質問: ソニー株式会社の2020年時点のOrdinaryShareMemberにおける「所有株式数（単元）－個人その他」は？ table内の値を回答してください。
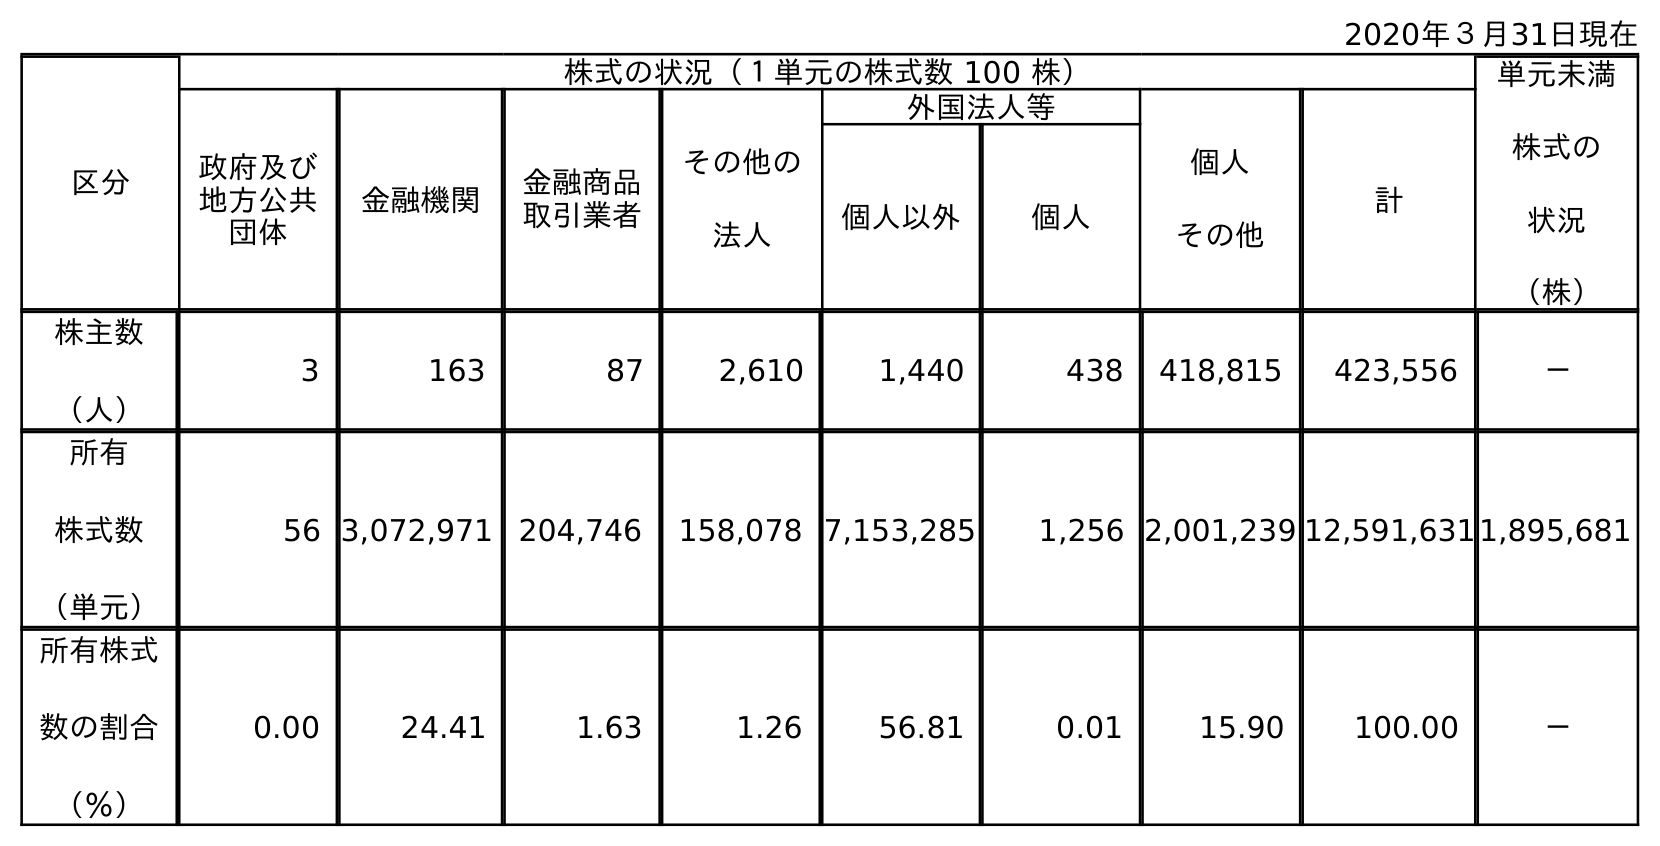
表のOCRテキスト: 2020年３月31日現在 区分 株式の状況（１単元の株式数 100 株） 単元未満 株式の 状況 （株） 政府及び 地方公共 団体 金融機関 金融商品 取引業者 その他の 法人 外国法人等 個人 その他 計 個人以外 個人 株主数 （人） 3 163 87 2,610 1,440 438 418,815 423,556 － 所有 株式数 （単元） 56 3,072,971 204,746 158,078 7,153,285 1,256 2,001,239 12,591,6311,895,681 所有株式 数の割合 （％） 0.00 24.41 1.63 1.26 56.81 0.01 15.90 100.00 －
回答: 2,001,239